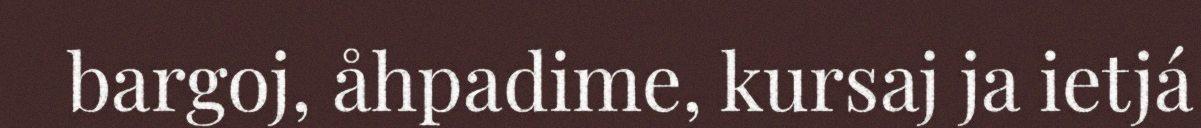
bargoj, åhpadime, kursaj ja ietjá